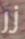
زر